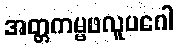
အတ္တကမ္မဖလူပဂေါ